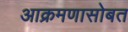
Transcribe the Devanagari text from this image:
आक्रमणासोबत